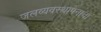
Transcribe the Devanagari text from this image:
जलव्यवस्थापनाचा